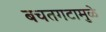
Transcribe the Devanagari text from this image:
बचतगटामुळे